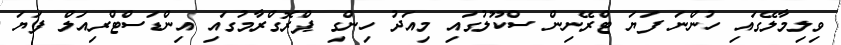
ވިލިމާލޭގައި ހުންނަ ފަޔަ ޓްރޭނިން ސްކޫލުގައި މިއަދު ހިންގި ޕްރޮގްރާމުގައި އިންޑަސްޓްރިއަލް ފަޔަ